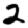
Digit: 2